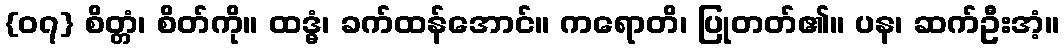
{၀၇} စိတ္တံ၊ စိတ်ကို။ ထဒ္ဓံ၊ ခက်ထန်အောင်။ ကရောတိ၊ ပြုတတ်၏။ ပန၊ ဆက်ဦးအံ့။